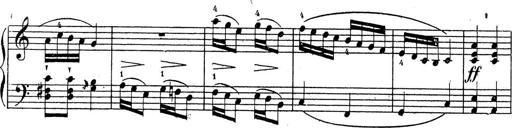
Title: 10 Sonatinas
Composer: Fritz Spindler